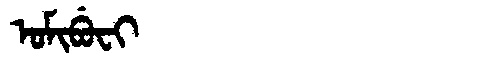
Manchu: ᠣᠮᡳᠪᡠᠸᡳ
Romanization: OMIBUFI